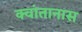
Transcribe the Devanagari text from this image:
क्वांतानास